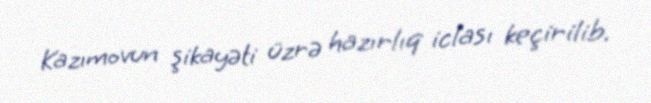
Kazımovun şikayəti üzrə hazırlıq iclası keçirilib.